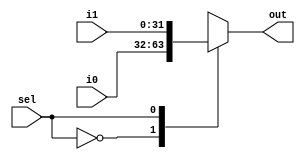
//MULTIPLEXADOR 2:1 COM ENTRADA E SADA DE N BITS
module mux2x1 #(parameter N = 32)(input [N-1:0] i0, i1, input sel, output reg [N-1:0] out);
  
  always @ (*)
    case (sel)
      1'b0	:	out = i0;
      1'b1	:	out = i1;
      default:	out = i0;
    endcase
endmodule